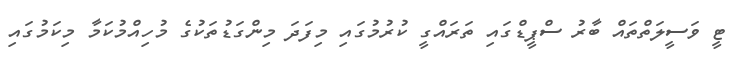
ޓީ ވަސީލަތްތައް ބާރު ސްޕީޑްގައި ތަރައްގީ ކުރުމުގައި މިފަދަ މިންގަޑުތަކުގެ މުހިއްމުކަމާ މިކަމުގައި